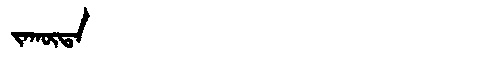
Manchu: ᠵᠠᡴᡡᡨᠠ
Romanization: JAKŪTA